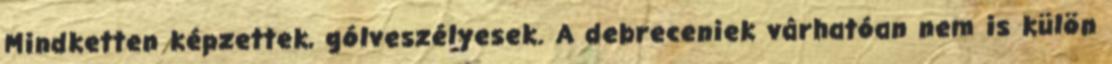
Mindketten képzettek, gólveszélyesek. A debreceniek várhatóan nem is külön